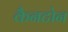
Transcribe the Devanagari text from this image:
कैनटोन